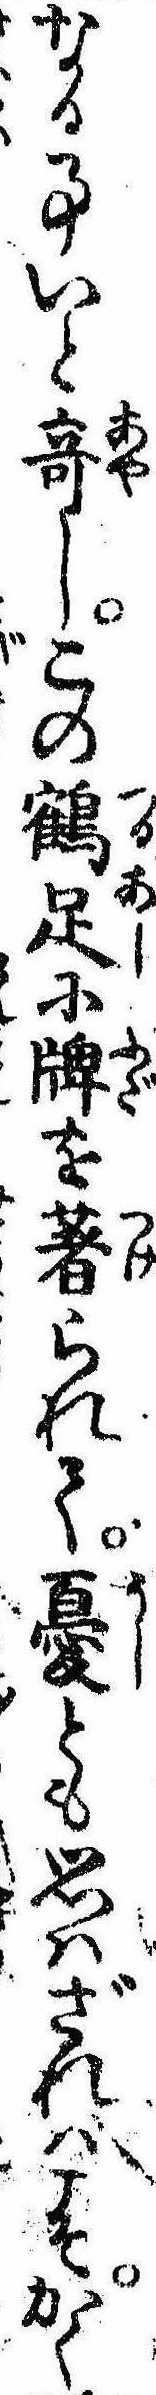
なる事いと奇しこの鶴足に牌を著られて憂とも思はざれはこそかく